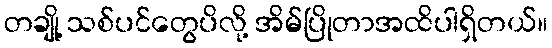
တချို့ သစ်ပင်တွေပိလို့ အိမ်ပြိုတာအထိပါရှိတယ်။